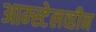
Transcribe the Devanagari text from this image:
आम्स्टेलव्हीन